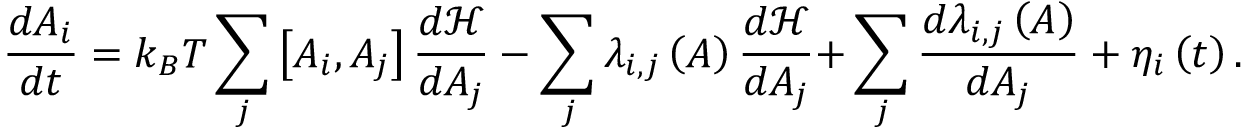
{ \frac { d A _ { i } } { d t } } = k _ { B } T \sum _ { j } { \left[ { A _ { i } , A _ { j } } \right] { \frac { { d } { \mathcal { H } } } { d A _ { j } } } } - \sum _ { j } { \lambda _ { i , j } \left( A \right) { \frac { d { \mathcal { H } } } { d A _ { j } } } + } \sum _ { j } { \frac { d { \lambda _ { i , j } \left( A \right) } } { d A _ { j } } } + \eta _ { i } \left( t \right) .